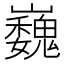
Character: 巍